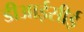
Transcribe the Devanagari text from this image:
डीआईसीई